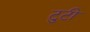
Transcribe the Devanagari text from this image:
टुटी